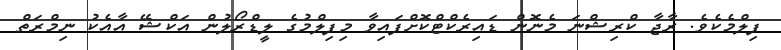
ފިލްމެކެެވެ. ރާޖާ ކްރިޝްނަ މެނޮން ޑައިރެކްޓްކޮށްފައިވާ މިފިލްމުގެ ލީޑްރޯލުން އަކްޝޭ އާއެކު ނިމްރަތް